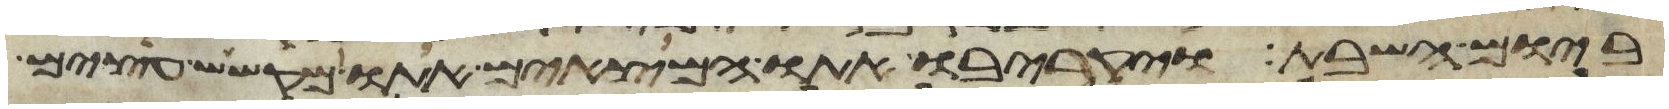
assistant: ביום השבת ויקריבו אתו המצאים אתו מקשש עצים